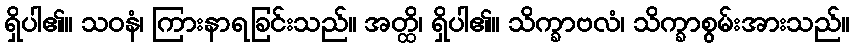
ရှိပါ၏။ သဝနံ၊ ကြားနာရခြင်းသည်။ အတ္ထိ၊ ရှိပါ၏။ သိက္ခာဗလံ၊ သိက္ခာစွမ်းအားသည်။